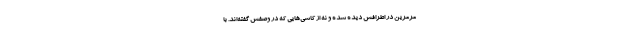
مرمرین در اطرافش دیده شده و نه از کاشی‌هایی که در وصفش گفته‌اند. با